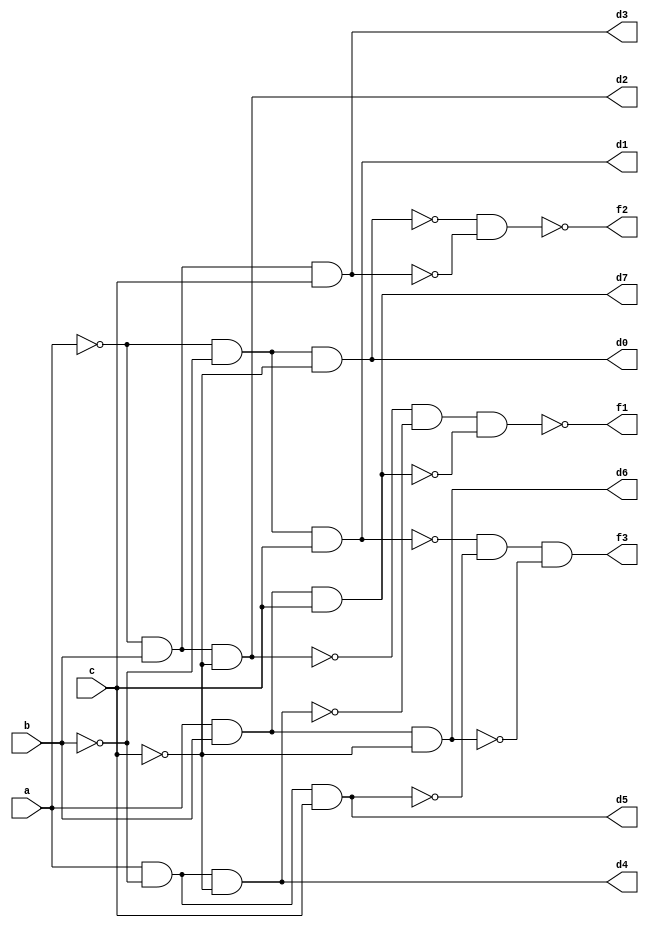
module dec_imp(
    input a,
    input b,
    input c,
    output d0,
    output d1,
    output d2,
    output d3,
    output d4,
    output d5,
    output d6,
    output d7,
    output f1,
    output f2,
    output f3
        );
    assign d0=~a&~b&~c;
    assign d1=~a&~b&c;
    assign d2=~a&b&~c;
    assign d3=~a&b&c;
    assign d4=a&~b&~c;
    assign d5=a&~b&c;
    assign d6=a&b&~c;
    assign d7=a&b&c;
    assign f1=~(~d2&~d4&~d7);
    assign f2=~(~d0&~d3);
    assign f3=(~d1&~d5&~d6);
endmodule